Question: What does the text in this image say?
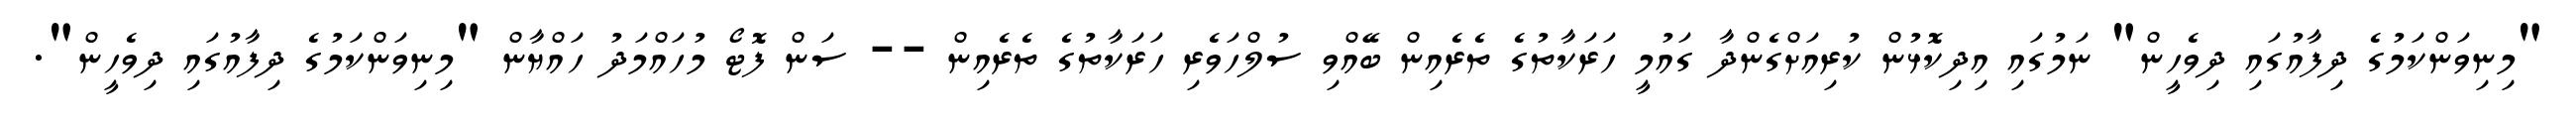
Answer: "މިނިވަންކަމުގެ ދިފާއުގައި ދިވެހީން" ނަމުގައި އިދިކޮޅުން ކުރިއަށްގެންދާ ގައުމީ ހަރަކާތުގެ ތެރެއިން ބޭއްވި ސުލްހަވެރި ހަރަކާތުގެ ތެރެއިން -- ސަން ފޮޓޯ މުހައްމަދު ހައްޔާން "މިނިވަންކަމުގެ ދިފާއުގައި ދިވެހީން".